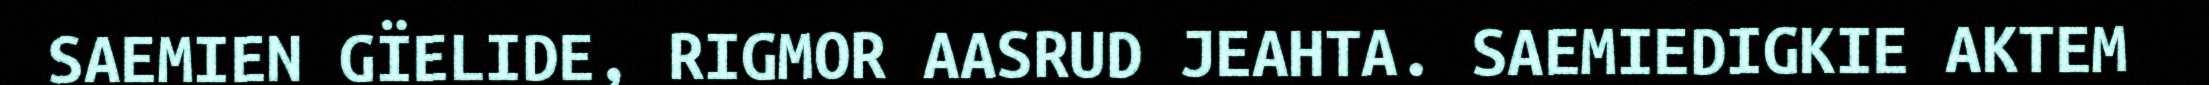
SAEMIEN GÏELIDE, RIGMOR AASRUD JEAHTA. SAEMIEDIGKIE AKTEM